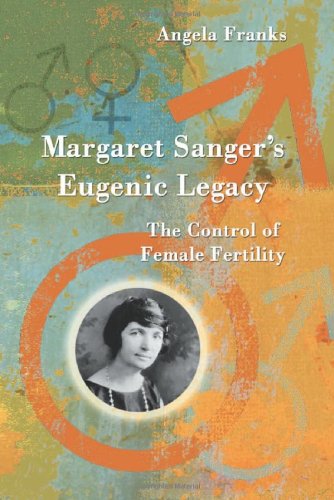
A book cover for Margaret Sanger's Eugenic Legacy: The Control of Female Fertility; Angela Franks; Parenting & Relationships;